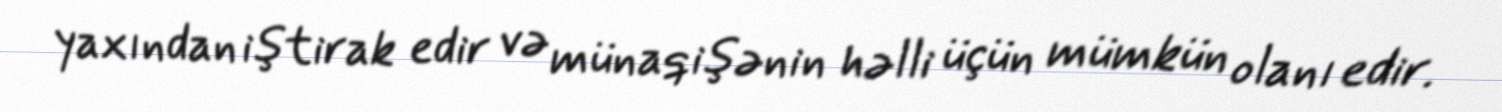
yaxından iştirak edir və münaqişənin həlli üçün mümkün olanı edir.